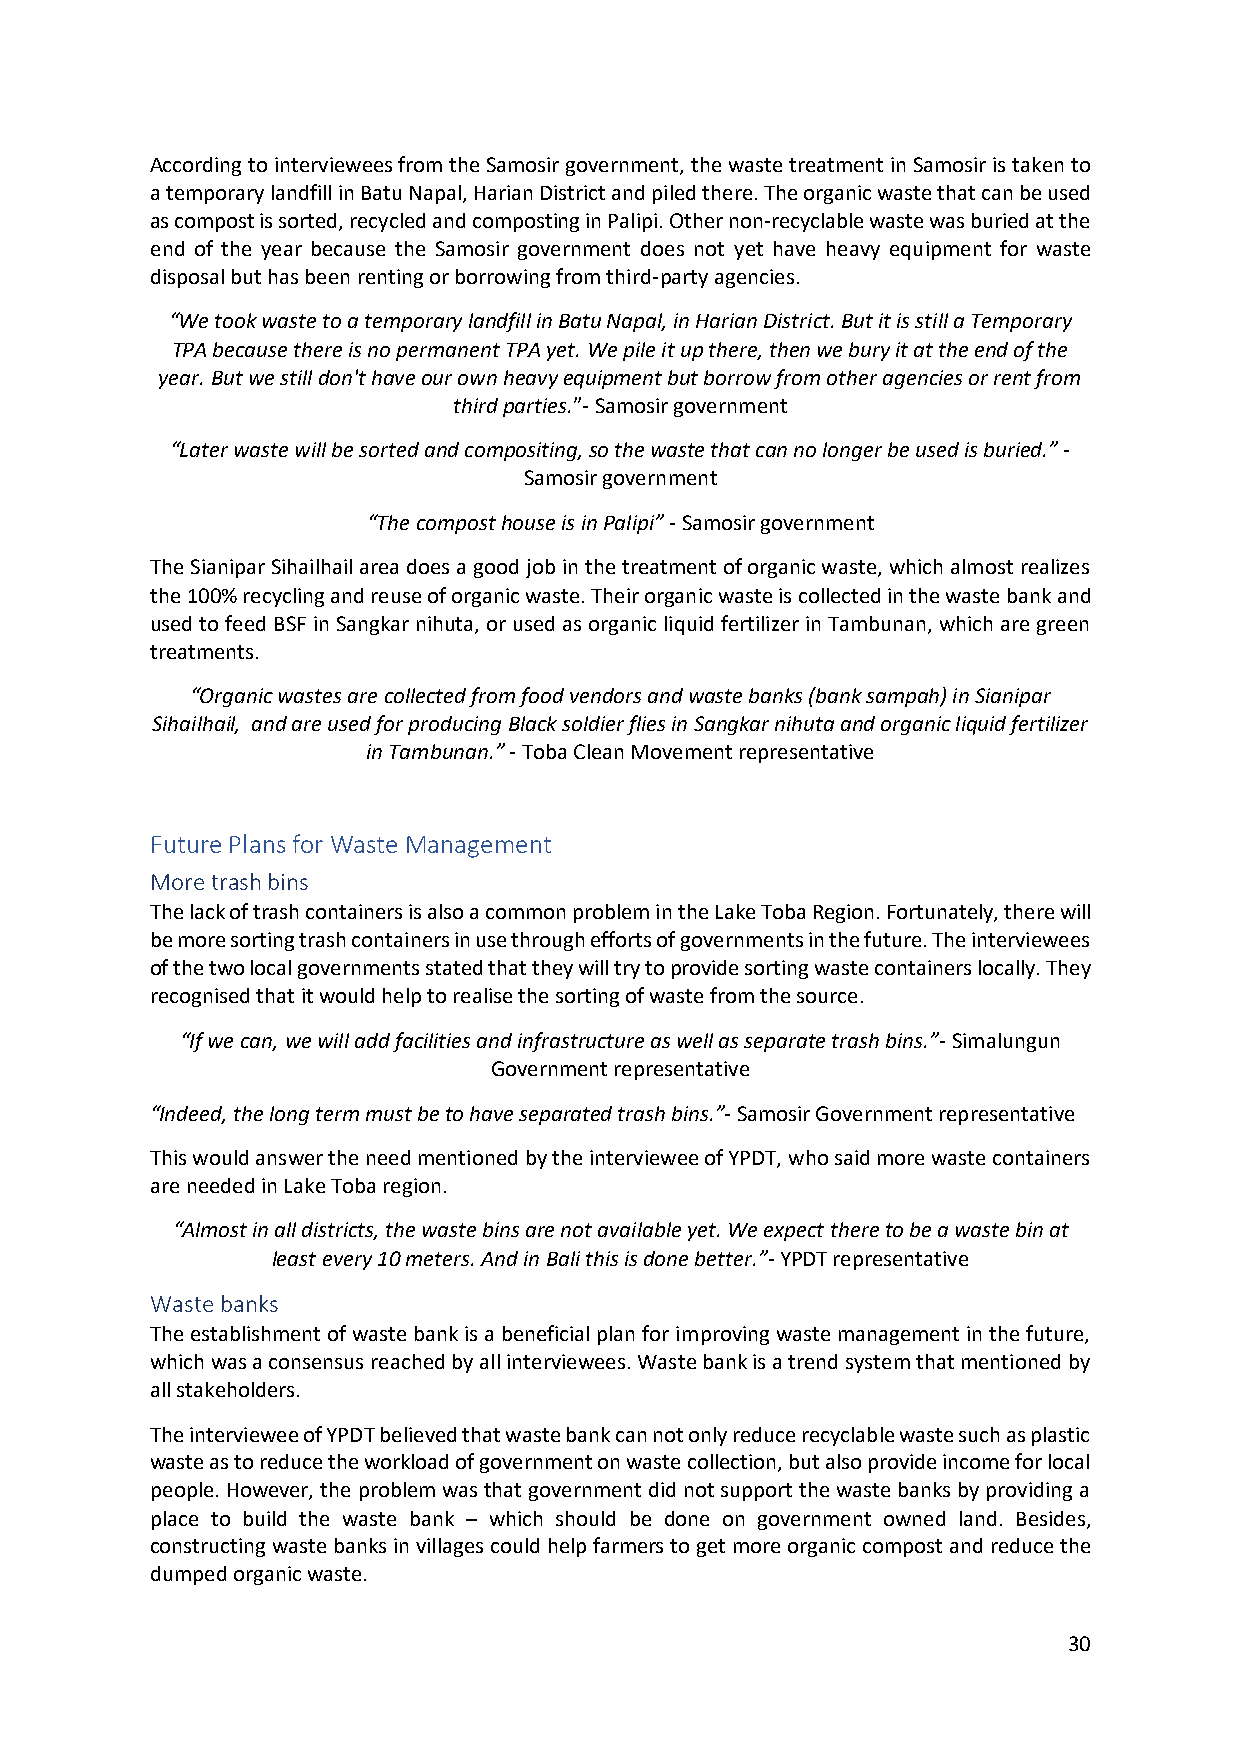
According to interviewees from the Samosir government, the waste treatment in Samosir is taken to
 a temporary landfill in Batu Napal, Harian District and piled there. The organic waste that can be used
 as compost is sorted, recycled and composting in Palipi. Other non-recyclable waste was buried at the
 end of the year because the Samosir government does not yet have heavy equipment for waste
 disposal but has been renting or borrowing from third-party agencies.
 “We took waste to a temporary landfill in Batu Napal, in Harian District. But it is still a Temporary
 TPA because there is no permanent TPA yet. We pile it up there, then we bury it at the end of the
 year. But we still don't have our own heavy equipment but borrow from other agencies or rent from
 third parties.”- Samosir government
 “Later waste will be sorted and compositing, so the waste that can no longer be used is buried.” -
 Samosir government
 “The compost house is in Palipi” - Samosir government
 The Sianipar Sihailhail area does a good job in the treatment of organic waste, which almost realizes
 the 100% recycling and reuse of organic waste. Their organic waste is collected in the waste bank and
 used to feed BSF in Sangkar nihuta, or used as organic liquid fertilizer in Tambunan, which are green
 treatments.
 “Organic wastes are collected from food vendors and waste banks (bank sampah) in Sianipar
 Sihailhail, and are used for producing Black soldier flies in Sangkar nihuta and organic liquid fertilizer
 in Tambunan.” - Toba Clean Movement representative
 Future Plans for Waste Management
 More trash bins
 The lack of trash containers is also a common problem in the Lake Toba Region. Fortunately, there will
 be more sorting trash containers in use through efforts of governments in the future. The interviewees
 of the two local governments stated that they will try to provide sorting waste containers locally. They
 recognised that it would help to realise the sorting of waste from the source.
 “If we can, we will add facilities and infrastructure as well as separate trash bins.”- Simalungun
 Government representative
 “Indeed, the long term must be to have separated trash bins.”- Samosir Government representative
 This would answer the need mentioned by the interviewee of YPDT, who said more waste containers
 are needed in Lake Toba region.
 “Almost in all districts, the waste bins are not available yet. We expect there to be a waste bin at
 least every 10 meters. And in Bali this is done better.”- YPDT representative
 Waste banks
 The establishment of waste bank is a beneficial plan for improving waste management in the future,
 which was a consensus reached by all interviewees. Waste bank is a trend system that mentioned by
 all stakeholders.
 The interviewee of YPDT believed that waste bank can not only reduce recyclable waste such as plastic
 waste as to reduce the workload of government on waste collection, but also provide income for local
 people. However, the problem was that government did not support the waste banks by providing a
 place to build the waste bank – which should be done on government owned land. Besides,
 constructing waste banks in villages could help farmers to get more organic compost and reduce the
 dumped organic waste.
 30